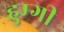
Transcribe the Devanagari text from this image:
हुम्गी